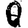
Digit: 0